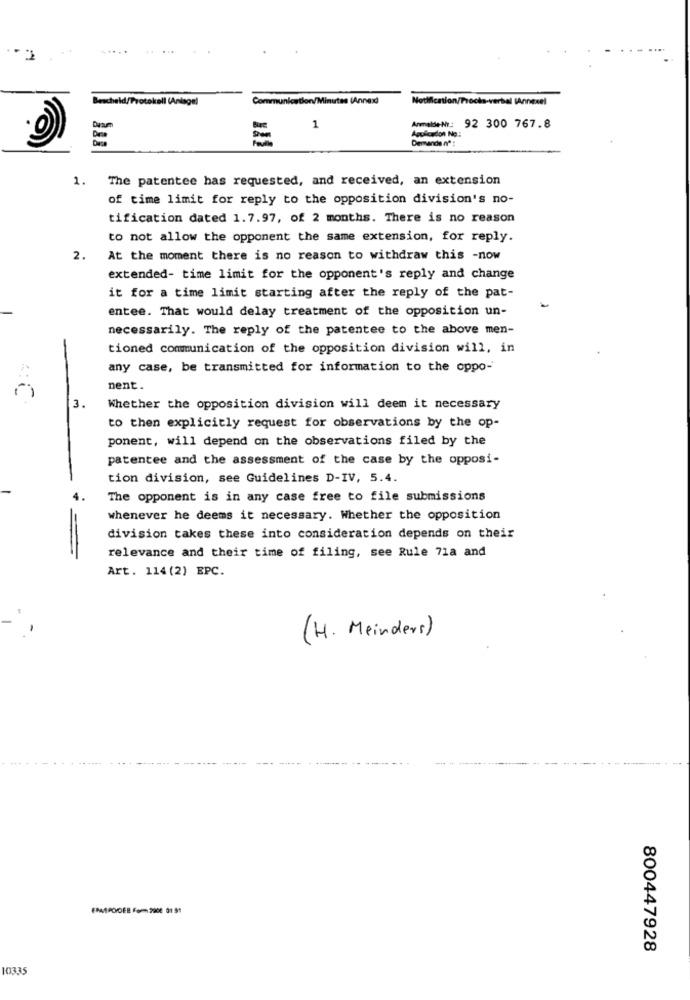
Com
ication/Minutes (Annex)
Notification/Frocks-verbal (Annexel
Bescheid/Protokoll (Aniagal
Duam
1
AnmeldeNr: 92 300 767.8
Applicadon No:
Demande nº :
1. The patentee has requested, and received, an extension
of time limit for reply to the opposition division's no-
tification dated 1.7.97, of 2 months. There is no reason
to not allow the opponent the same extension, for reply.
2.
At the moment there is no reason to withdraw this -now
extended- time limit for the opponent's reply and change
it for a time limit starting after the reply of the pat-
entee. That would delay treatment of the opposition un-
necessarily. The reply of the patentee to the above men-
tioned communication of the opposition division will, in
any case, be transmitted for information to the oppo-
nent.
3.
Whether the opposition division will deem it necessary
to then explicitly request for observations by the op-
ponent, will depend on the observations filed by the
patentee and the assessment of the case by the opposi-
tion division, see Guidelines D-IV, 5.4.
The opponent is in any case free to file submissions
whenever he deems it necessary. Whether the opposition
division takes these into consideration depends on their
relevance and their time of filing, see Rule 71a and
Art. 114 (2) EPC.
(H. Meinders)
FRAPODER Form 2008 01 51
800447928
10335